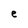
Character: e